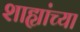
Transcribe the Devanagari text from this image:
शाह्यांच्या